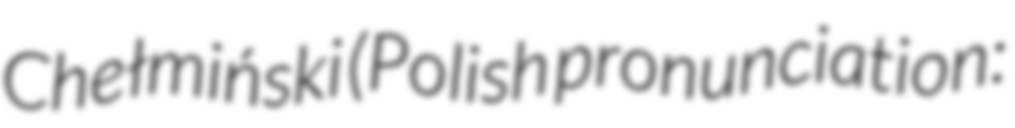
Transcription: Chełmiński (Polish pronunciation: